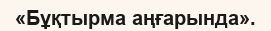
«Бұқтырма аңғарында».